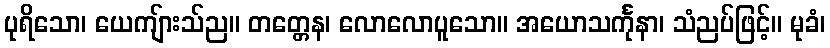
ပုရိသော၊ ယေကျ်ားသ်ည။ တတ္တေန၊ လောလောပူသော။ အယောသင်္ကုနာ၊ သံညပ်ဖြင့်။ မုခံ၊